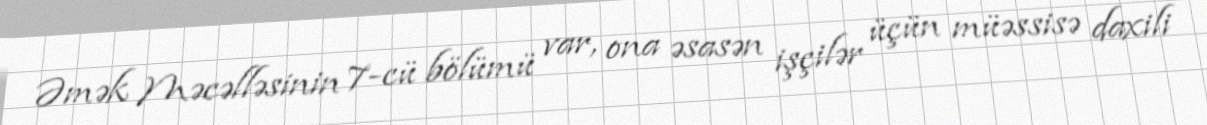
Əmək Məcəlləsinin 7-cü bölümü var, ona əsasən işçilər üçün müəssisə daxili